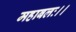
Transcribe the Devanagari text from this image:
महाबलः।।